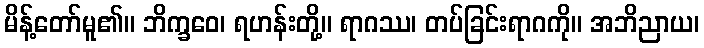
မိန့်တော်မူ၏။ ဘိက္ခဝေ၊ ရဟန်းတို့။ ရာဂဿ၊ တပ်ခြင်းရာဂကို။ အဘိညာယ၊